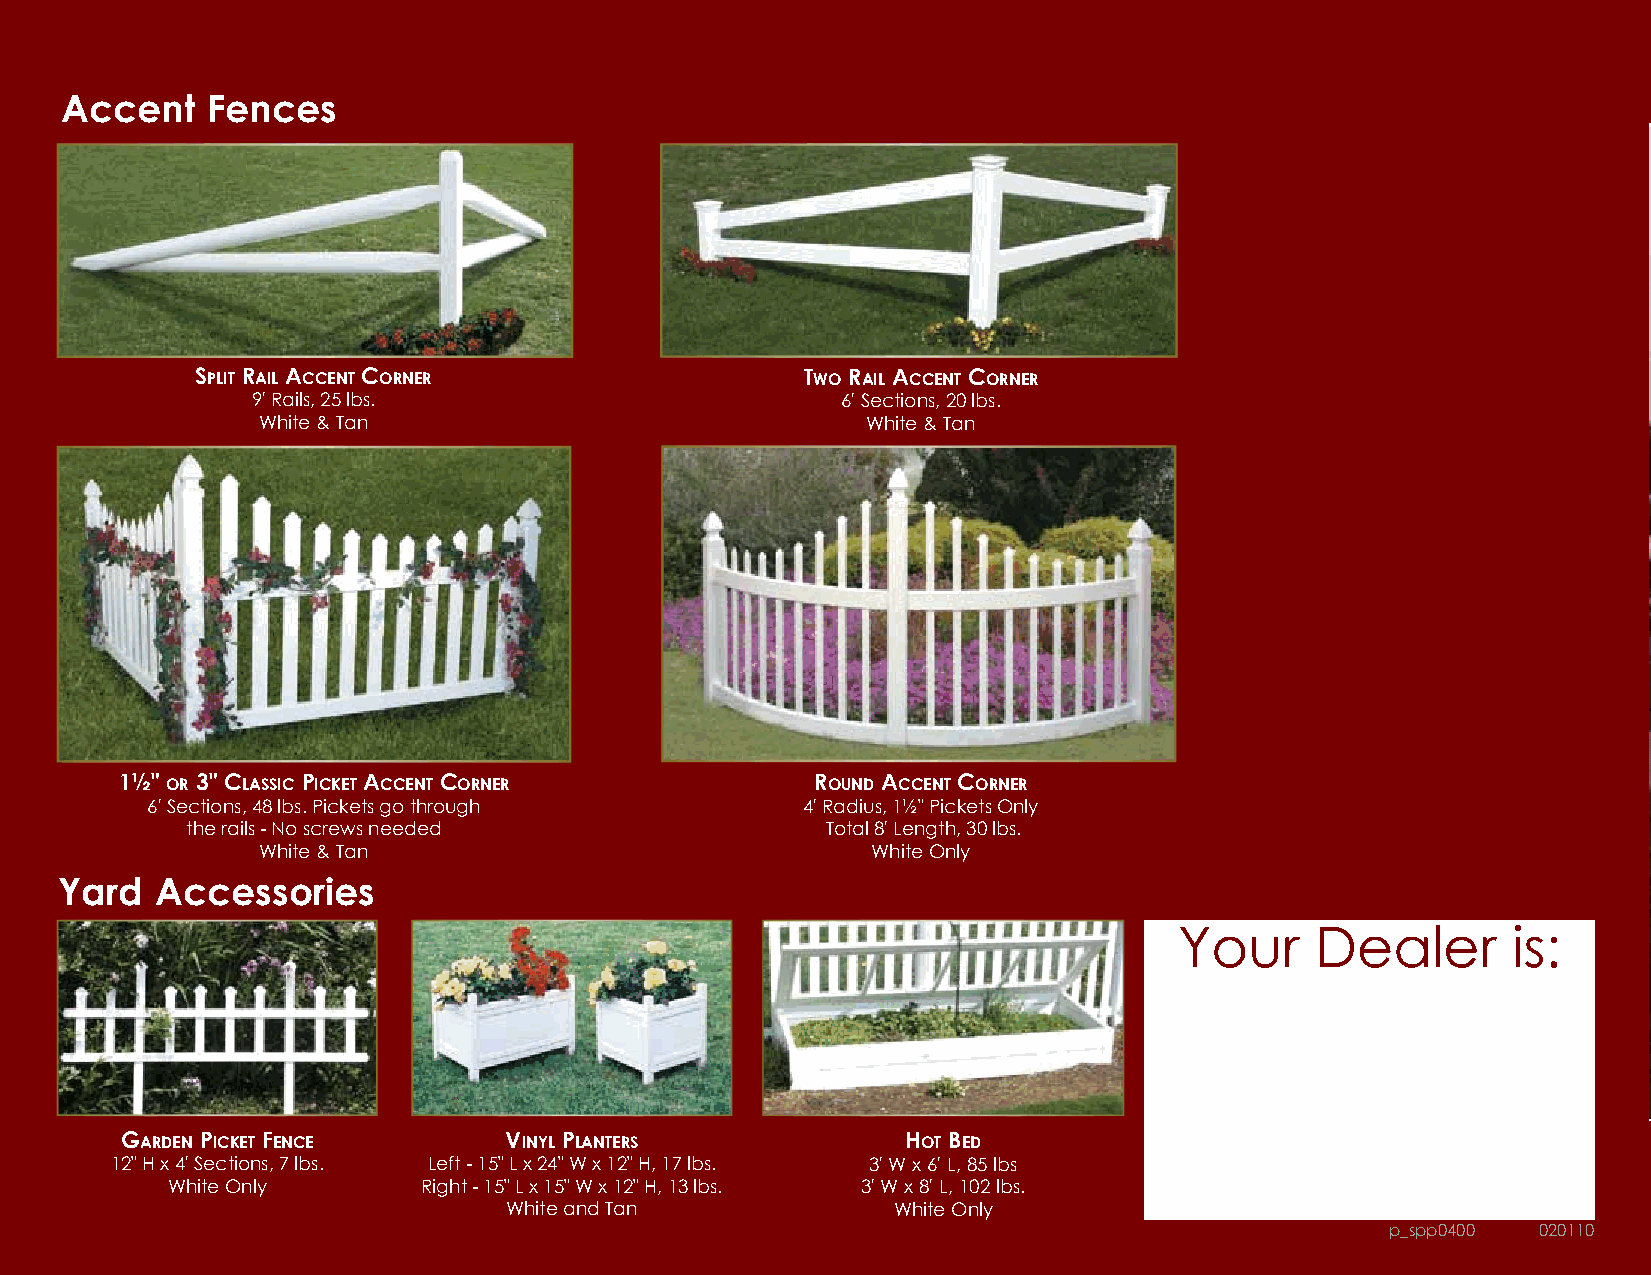
Accent    Fences
 sPlit rail aCCent Corner                two rail aCCent Corner
 9' Rails, 25 lbs.                      6' Sections, 20 lbs.
 White & Tan                             White & Tan
 1½" or 3" ClassiC PiCket aCCent Corner        round aCCent Corner
 6' Sections, 48 lbs. Pickets go through    4' Radius, 1½" Pickets Only
 the rails - No screws needed               Total 8' Length, 30 lbs.
 White & Tan                              White Only
 Yard  Accessories
 Your     Dealer       is:
 Garden PiCket FenCe      Vinyl Planters             Hot Bed
 12" H x 4' Sections, 7 lbs. Left - 15" L x 24" W x 12" H, 17 lbs. 3' W x 6' L, 85 lbs
 White Only       Right - 15" L x 15" W x 12" H, 13 lbs. 3' W x 8' L, 102 lbs.
 White and Tan             White Only
 p_spp0400 020110